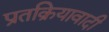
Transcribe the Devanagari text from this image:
प्रतक्रियावादी